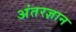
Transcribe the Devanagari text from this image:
अंतरज्ञान